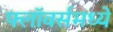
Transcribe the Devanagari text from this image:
फ्लॉवर्समध्ये